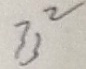
3 3 ^ { 2 }